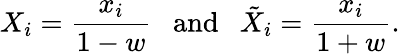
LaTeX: X_{i}=\frac{x_{i}}{1-w}\mathrm{~~~and~~~}{\tilde{X}}_{i}=\frac{x_{i}}{1+w}.